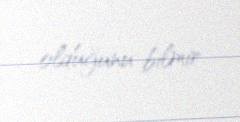
olduğunu bilmir.